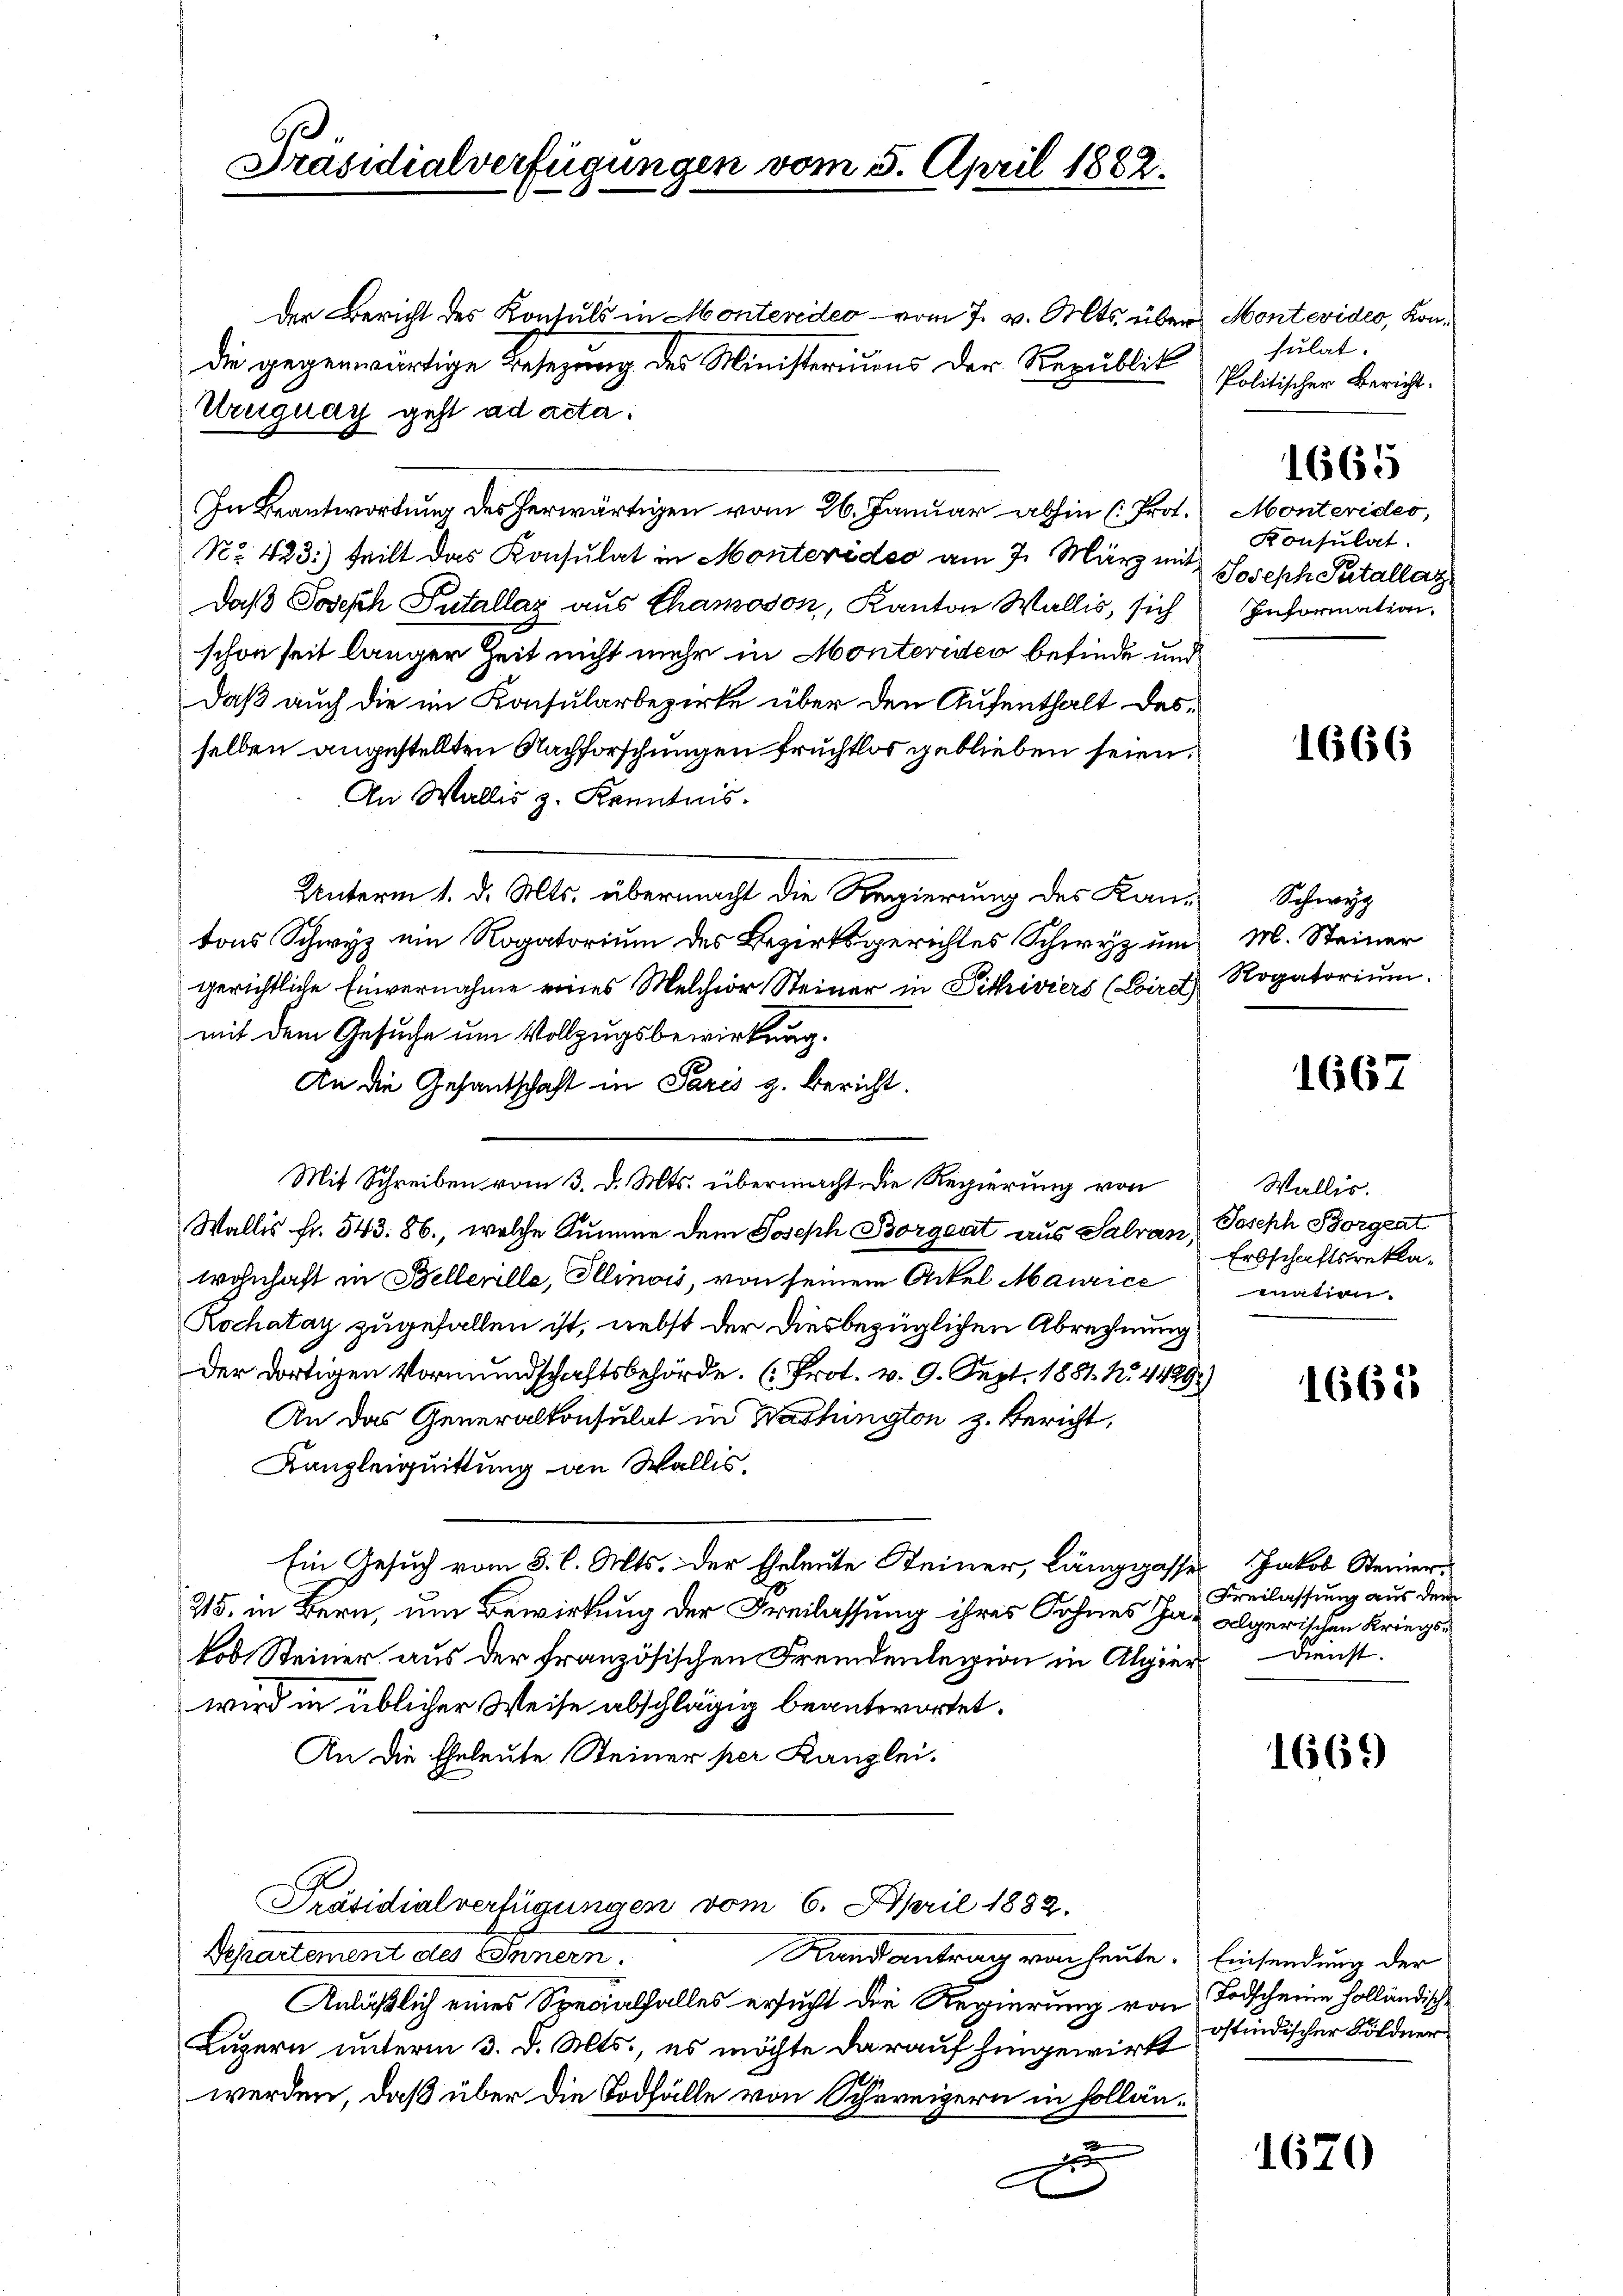
Präsidialverfügungen vom 5. April 1882.

Der Bericht des Kontuls in Montendes vom 7. v. Mts. über Montevideo, Kondie gegenwärtige Besezung des Ministeriums der Republik
Uruguay geht ad acta.
In Beantwortung des herwärtigen vom 26. Januar abhin (Prot.
No. 423.) teilt das Konsulat in Montevideo am 7. März mit Joseph Petallaz
daß Joseph Putallar aus Chamoson, Kanton Wallis, sich
schon seit länger Zeit nicht mehr in Montevideo befinde und
daß auch die im Konsularbezirke über den Aufenthalt dasselben angestellten Nachforschungen fruchtlos geblieben seien.
An Wallis z. Kenntnis.
Unterm 1. d. Mts. übermacht die Regierung des Kantons Schwyz ein Rogatorium des Bezirksgerichtes Schwyz um
gerichtliche Einvernahme eines Melchior Steiner in Pithiviers (Loirst Rogatorium.
mit dem Gesuche um Vollzugsbewirkung.
An die Gesantschaft in Paris z. Bericht.
Wallis fr. 543. 86., welche Summe dem Joseph Borgent aus Salvan Joseph Borgeat
wohnhaft in Bellenlle, Illinois, von seinem Ackel Maurice
Rochatay zugefallen ist, nebst der diesbezüglichen Abrechnung
Der dortigen Vormundschaftsbehörde. (Prot. v. 9. Sept. 1881. No. 4429)
An das Generalkonsulat in Washington z. Bericht,
Kanzleiquittung an Wallis,
Ein Gesuch vom 3. l. Mts. der Eheleute Steiner, Länggasser Jakob Steiner¬
25, in Bern, um Bewirkung der Freilassung ihres Sohnes Jar algerischen Kriegskob Steiner aus der französischen Fremdenlegion in Algier-Dienst.
wird in üblicher Weise abschlägig beantwortet.
An die Eheleute Steiner per Kanzlei-
Präsidialverfügungen vom 6. April 1882.
Derartement des Innern.
Randantrag von heute. Einsendung der
Anläßlich eines Specialfalles ersucht die Regierung von Todscheine Holländische
Luzern unterm 3. d. Mts., es möchte darauf hingewirtt Windischer Söldnerwerden, daß über die Todfälle von Schereigern in follän¬

Mit Schreiben vom 3. d. Mts. übermacht die Regierung von

.

3

sulat.
Politischen Bericht.

Montendes,
Konsulat
Information.

1665

Schwyz
M. Steiner

1667

Wallis.
Erbschaftsreklamnation.

Freilassung aus dem

1669

1670

1666

1665